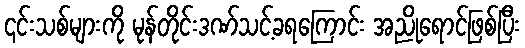
၎င်းသစ်များကို မုန်တိုင်းဒဏ်သင့်ခရကြောင်း အညိုရောင်ဖြစ်ပြီး